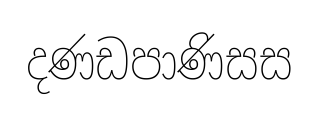
දණඩපාණිසස